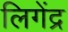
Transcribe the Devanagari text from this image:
लिगेंद्र